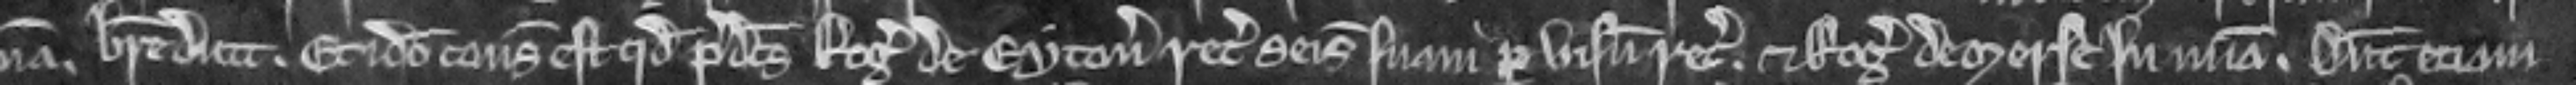
breve dicit. Et ideo consideratum est quod predictus Rogerus de Eyton recuperet seisinam suam per visum recognitorum. et Rogerus de Merse in misericordia. Dicunt eciam